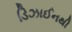
ડિઝાઈનથી